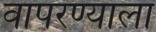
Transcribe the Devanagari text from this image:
वापरण्याला